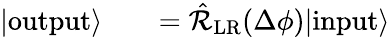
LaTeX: \begin{array}{rlr}{|\mathrm{output}\rangle}&{{}}&{=\hat{\mathcal{R}}_{\mathrm{LR}}(\Delta\phi)|\mathrm{input}\rangle}\end{array}